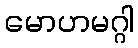
မောဟမဂ္ဂါ